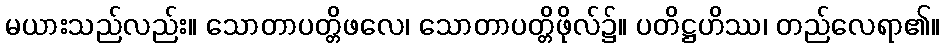
မယားသည်လည်း။ သောတာပတ္တိဖလေ၊ သောတာပတ္တိဖိုလ်၌။ ပတိဋ္ဌဟိဿ၊ တည်လေရာ၏။